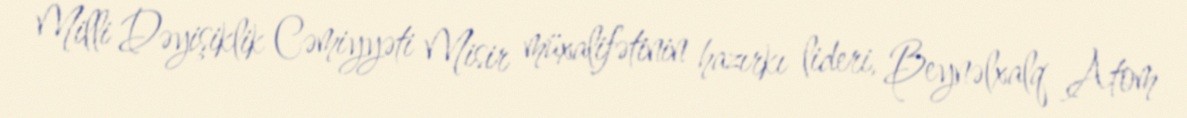
Milli Dəyişiklik Cəmiyyəti Misir müxalifətinin hazırkı lideri, Beynəlxalq Atom